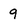
Character: 9